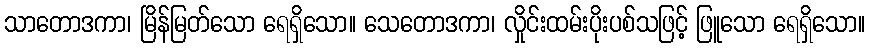
သာတောဒကာ၊ မြိန်မြတ်သော ရေရှိသော။ သေတောဒကာ၊ လှိုင်းထမ်းပိုးပစ်သဖြင့် ဖြူသော ရေရှိသော။